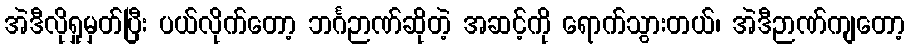
အဲဒီလိုရှုမှတ်ပြီး ပယ်လိုက်တော့ ဘင်္ဂဉာဏ်ဆိုတဲ့ အဆင့်ကို ရောက်သွားတယ်၊ အဲဒီဉာဏ်ကျတော့